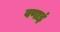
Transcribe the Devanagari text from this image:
वणाइं